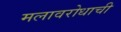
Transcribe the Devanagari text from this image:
मलावरोधाची